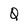
Character: Q